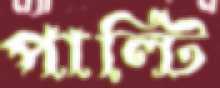
পাল্টি